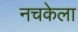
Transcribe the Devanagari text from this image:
नचकेला